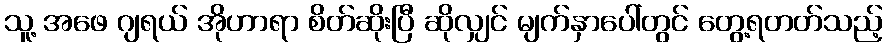
သူ့ အဖေ ဂျရယ် အိုဟာရာ စိတ်ဆိုးပြီ ဆိုလျှင် မျက်နှာပေါ်တွင် တွေ့ရတတ်သည့်